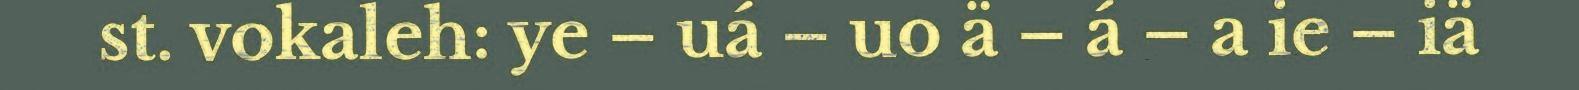
st. vokaleh: ye – uá – uo ä – á – a ie – iä